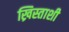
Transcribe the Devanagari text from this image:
ख्रिस्ताशी